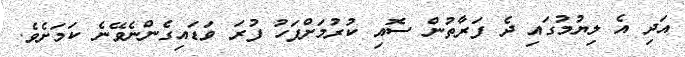
އަދި އެ ލިޔުމުގައި ދެ ފަރާތުން ސޮއި ކުރުމަށްފަހު ފުރަ ވަޑައިގެންނެވޭނެ ކަމަށެވެ.